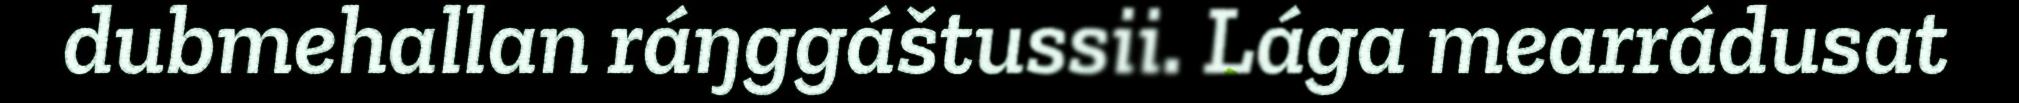
dubmehallan ráŋggáštussii. Lága mearrádusat